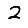
Digit: 2